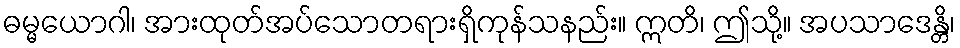
ဓမ္မယောဂါ၊ အားထုတ်အပ်သောတရားရှိကုန်သနည်း။ ဣတိ၊ ဤသို့။ အပသာဒေန္တိ၊